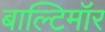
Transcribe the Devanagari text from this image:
बाल्टिमॉर